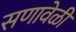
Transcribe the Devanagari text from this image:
सणावेळी